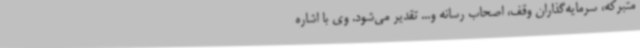
متبرکه، سرمایه‌گذاران وقف، اصحاب رسانه و... تقدیر می‌شود. وی با اشاره